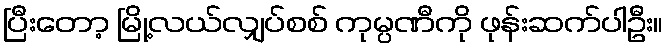
ပြီးတော့ မြို့လယ်လျှပ်စစ် ကုမ္ပဏီကို ဖုန်းဆက်ပါဦး။